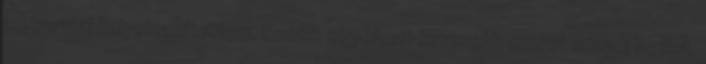
joghurttal helyettesítettem. Emiatt egy kicsit kevesebb cukrot adtam hozzá.